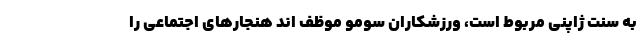
به سنت ژاپنی مربوط است، ورزشکاران سومو موظف اند هنجارهای اجتماعی را